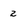
Character: 2